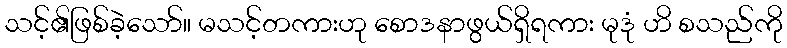
သင့်၏ဖြစ်ခဲ့သော်။ မသင့်တကားဟု စောဒနာဖွယ်ရှိရကား မုဒုံ ဟိ စသည်ကို